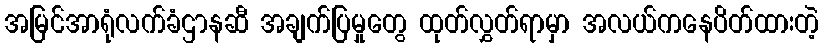
အမြင်အာရုံလက်ခံဌာနဆီ အချက်ပြမှုတွေ ထုတ်လွှတ်ရာမှာ အလယ်ကနေပိတ်ထားတဲ့